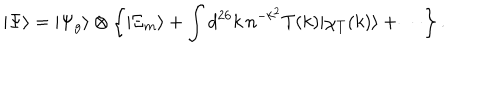
| \Psi \rangle = | \Psi _ { g } \rangle \otimes \left\{ | \Xi _ { m } \rangle + \int d ^ { 2 6 } k \, n ^ { - k ^ { 2 } } T ( k ) | \chi _ { T } ( k ) \rangle + \cdots \right\} .